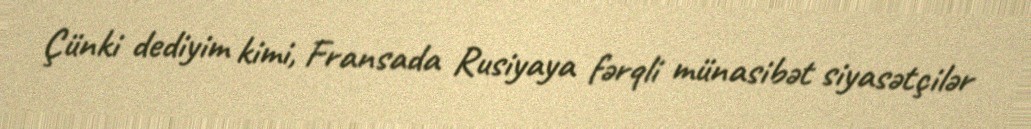
Çünki dediyim kimi, Fransada Rusiyaya fərqli münasibət siyasətçilər